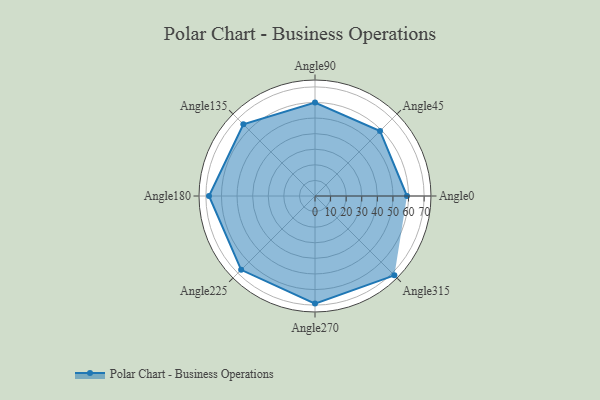
{"axis": {"x": "Angle", "y": "Radius"}, "legend": [""], "data": [{"x": "Angle0", "y": 59.0, "type": ""}, {"x": "Angle45", "y": 59.0, "type": ""}, {"x": "Angle90", "y": 60.0, "type": ""}, {"x": "Angle135", "y": 65.0, "type": ""}, {"x": "Angle180", "y": 68.0, "type": ""}, {"x": "Angle225", "y": 67.0, "type": ""}, {"x": "Angle270", "y": 69.0, "type": ""}, {"x": "Angle315", "y": 72.0, "type": ""}]}